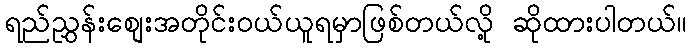
ရည်ညွှန်းစျေးအတိုင်းဝယ်ယူရမှာဖြစ်တယ်လို့ ဆိုထားပါတယ်။